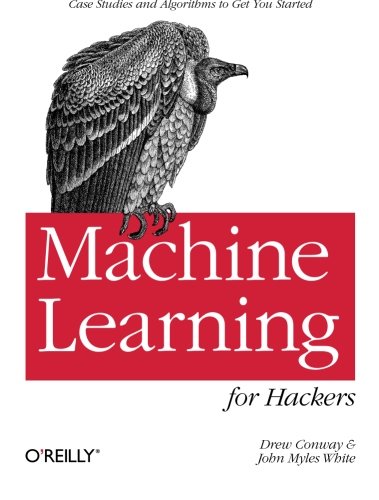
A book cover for Machine Learning for Hackers; Drew Conway; Computers & Technology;